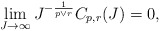
\begin{align*}\lim_{J\to \infty}J^{-\frac{1}{p\vee r}}C_{p, r}(J)=0,\end{align*}